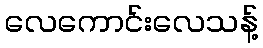
လေကောင်းလေသန့်